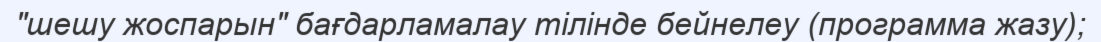
"шешу жоспарын" бағдарламалау тілінде бейнелеу (программа жазу);